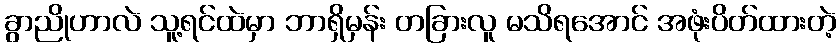
ခွာညိုဟာလဲ သူ့ရင်ထဲမှာ ဘာရှိမှန်း တခြားလူ မသိရအောင် အဖုံးပိတ်ထားတဲ့